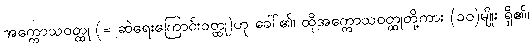
အက္ကောသဝတ္ထု (= ဆဲရေးကြောင်းဝတ္ထု)ဟု ခေါ်၏၊ ထိုအက္ကောသဝတ္ထုတို့ကား (၁၀)မျိုး ရှိ၏၊